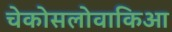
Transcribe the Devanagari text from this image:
चेकोसलोवाकिआ